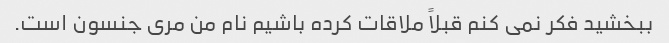
ببخشید فکر نمی کنم قبلاً ملاقات کرده باشیم نام من مری جنسون است.